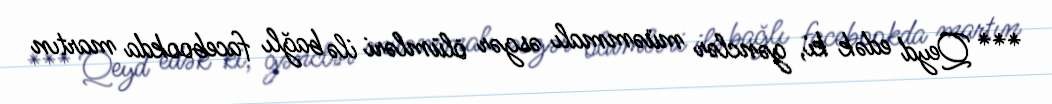
*** Qeyd edək ki, gənclər müəmmalı əsgər ölümləri ilə bağlı facebookda martın